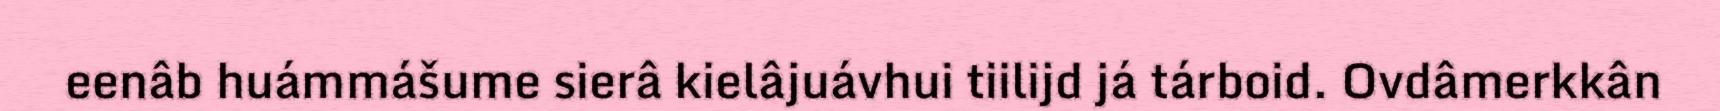
eenâb huámmášume sierâ kielâjuávhui tiilijd já tárboid. Ovdâmerkkân